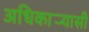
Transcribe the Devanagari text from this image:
अधिकार्‍यासी